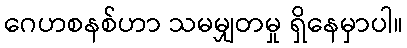
ဂေဟစနစ်ဟာ သမမျှတမှု ရှိနေမှာပါ။